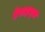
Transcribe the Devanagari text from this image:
डेराइव्स